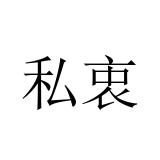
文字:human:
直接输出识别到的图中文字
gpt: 私衷